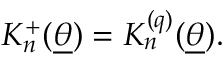
K _ { n } ^ { + } ( \underline { { { \theta } } } ) = K _ { n } ^ { ( q ) } ( \underline { { { \theta } } } ) .